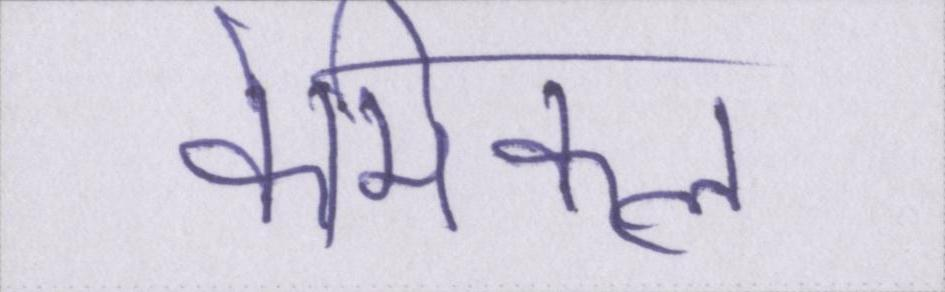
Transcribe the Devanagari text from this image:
केमिकल